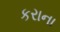
કરાના